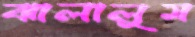
ঝালালুম